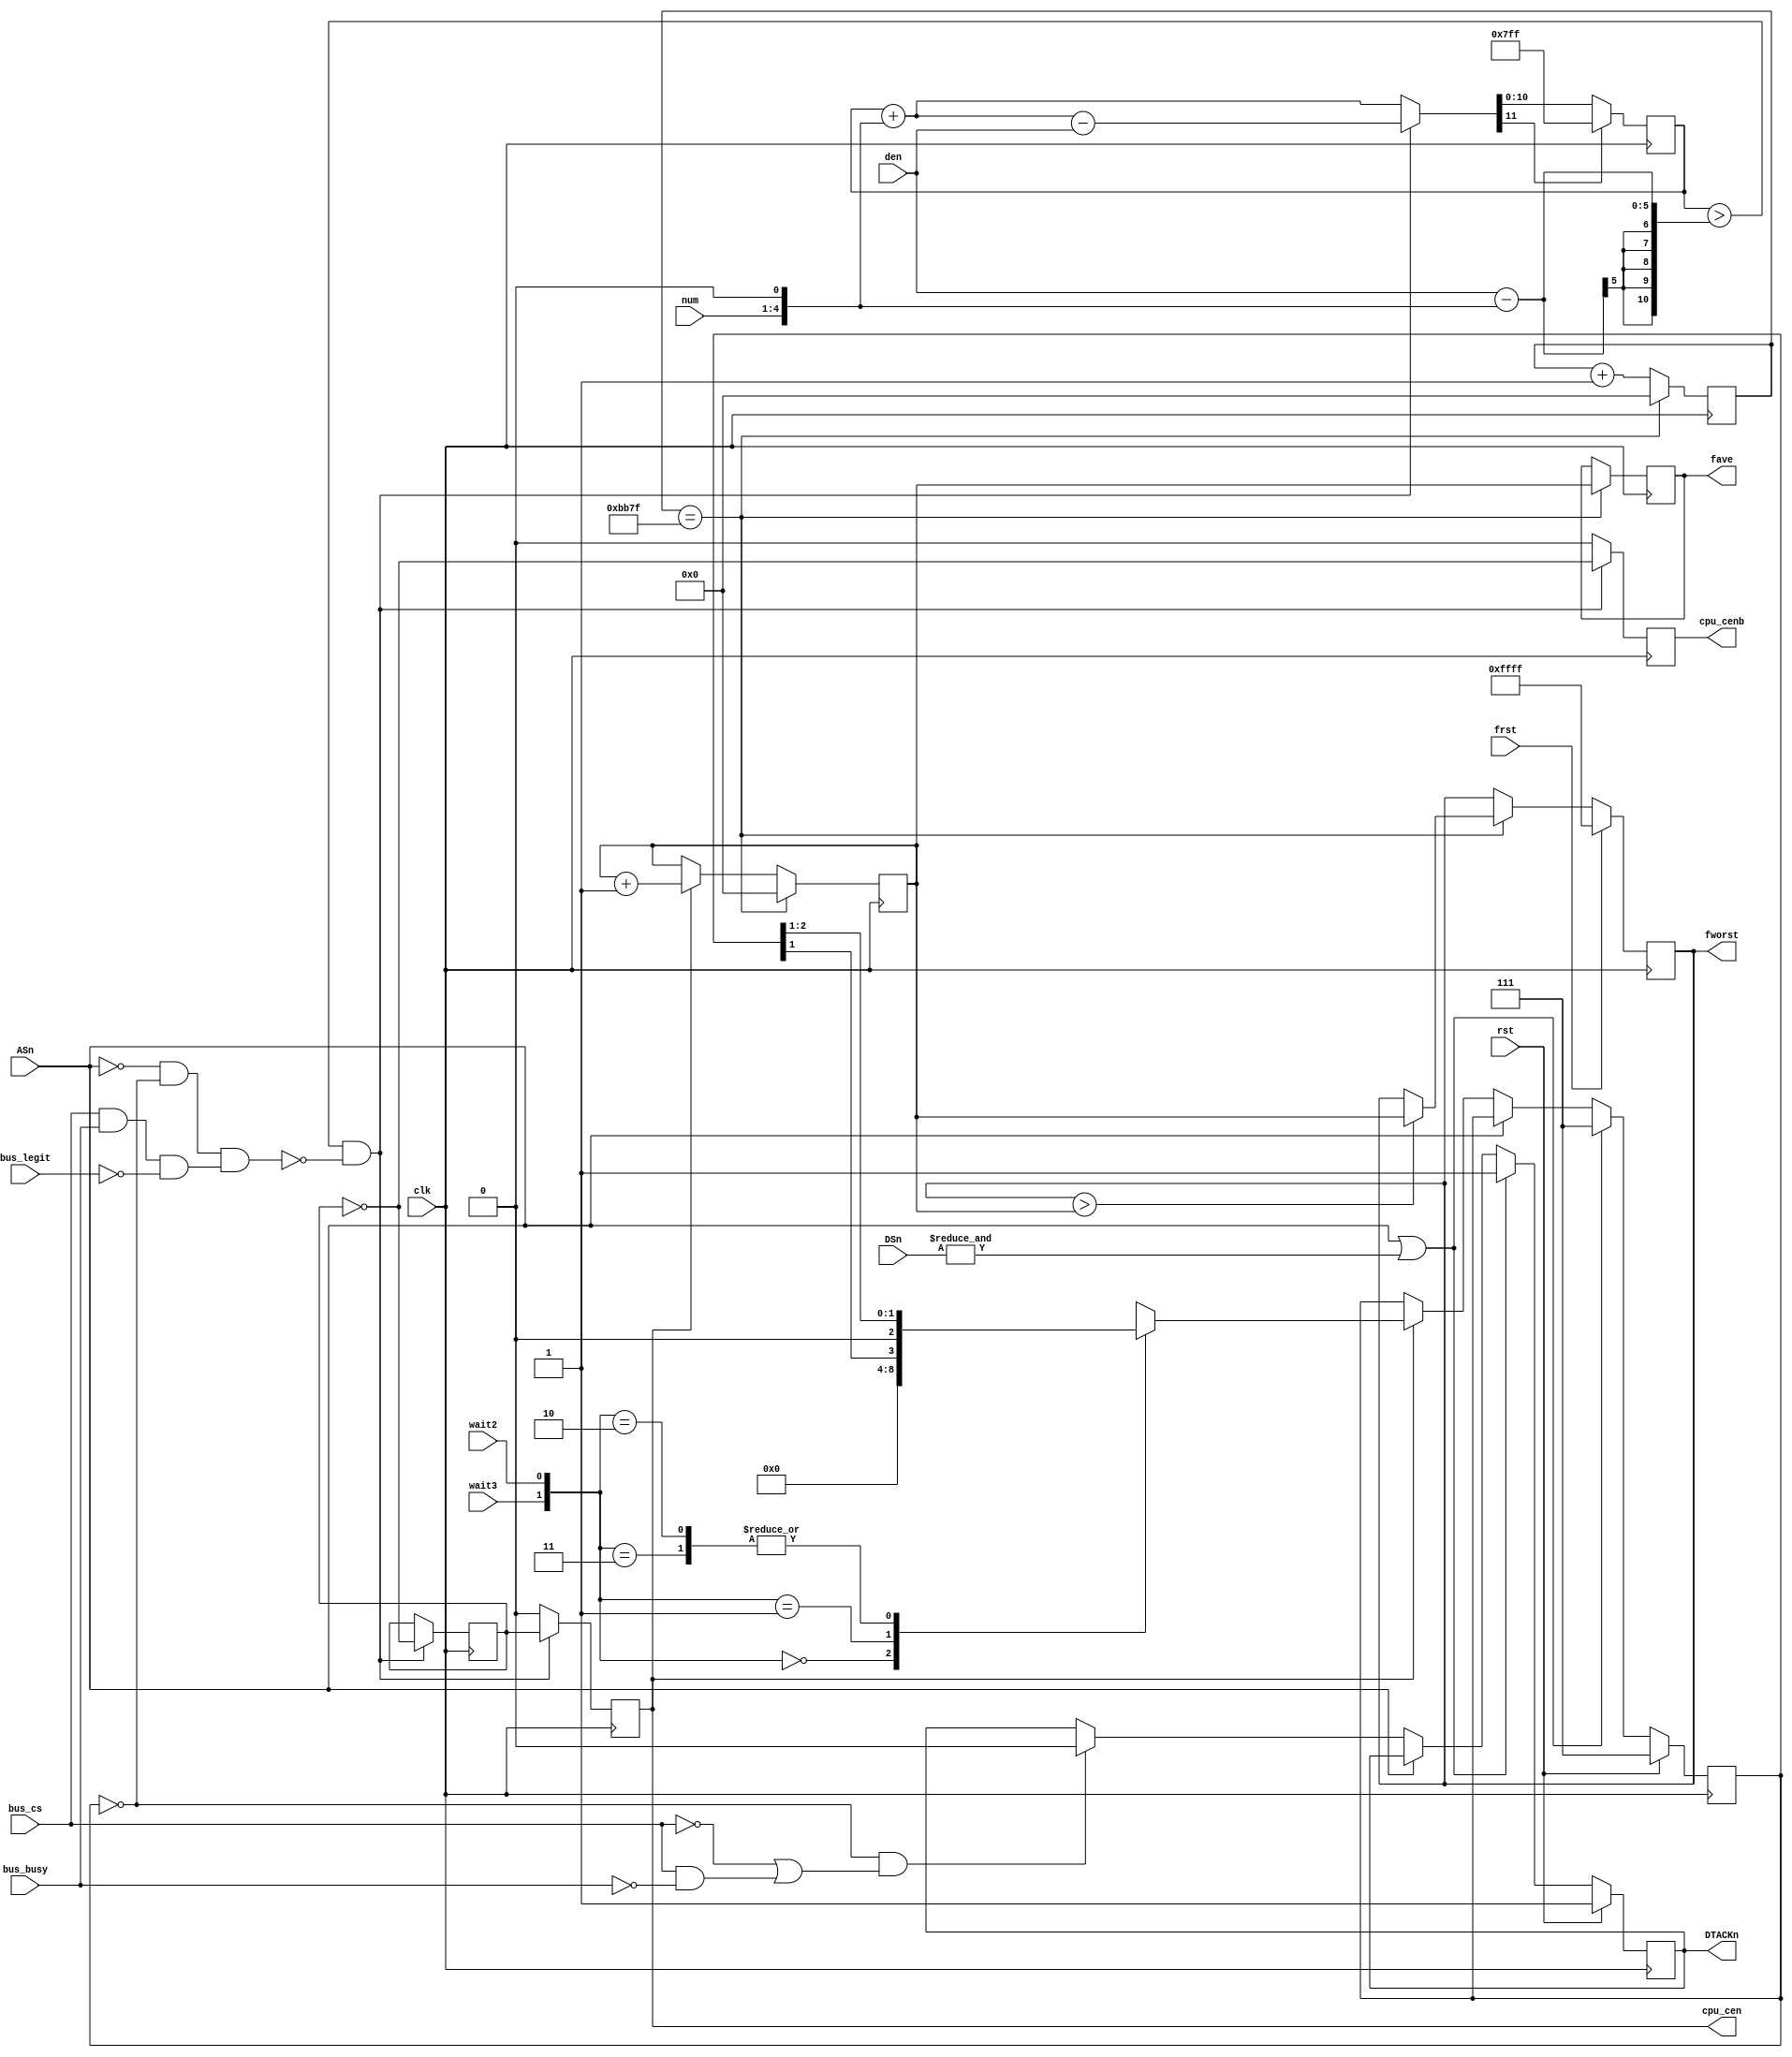
/*  This file is part of JTFRAME.
    JTFRAME program is free software: you can redistribute it and/or modify
    it under the terms of the GNU General Public License as published by
    the Free Software Foundation, either version 3 of the License, or
    (at your option) any later version.

    JTFRAME program is distributed in the hope that it will be useful,
    but WITHOUT ANY WARRANTY; without even the implied warranty of
    MERCHANTABILITY or FITNESS FOR A PARTICULAR PURPOSE.  See the
    GNU General Public License for more details.

    You should have received a copy of the GNU General Public License
    along with JTFRAME.  If not, see <http://www.gnu.org/licenses/>.

    Author: Jose Tejada Gomez. Twitter: @topapate
    Version: 1.0
    Date: 20-5-2021 */

/*

    Generates the standard /DTACK signal expected by the CPU,
    i.e. there is an idle cycle for each bus cycle

    If there is a special bus access, marked by bus_cs, and
    it takes longer to complete than one cycle, the extra time
    will be recovered for later. If bus_legit is high, the time
    will not be recovered as it is identified as legitim wait
    in the original system

    DSn -and not just ASn- must be used so read-modify-write
    instructions have a second /DTACK signal generated for
    the write cycle

    Note that if jtframe_ramrq is used, then DSn must also
    gate the SDRAM requests so you get a cs toggle in the
    middle of the read-modify-write cycles

    DSn goes low one cycle after ASn under some conditions, so
    if ASn | DSn is used to set DTACKn, it will take one more
    cycle than expected on those occasions. Both CPS and S16
    use only ASn to generate DTACKn.

    The M68K requires one wait cycle for all access. But it's
    common to have systems where 2 or 3 wait states are used too.
    The wait2 and wait3 inputs can be set high to use more wait
    states. Clock cycle recovery does not take effect during
    extra wait states requested by the system.

*/

module jtframe_68kdtack_wait
#(parameter W=5,
            RECOVERY=1,
            WD=6,
            MFREQ=48_000  // clk input frequency in kHz
)(
    input         rst,
    input         clk,
    output   reg  cpu_cen,
    output   reg  cpu_cenb,
    input         bus_cs,
    input         bus_busy,
    input         bus_legit,
    input         ASn,  // DTACKn set low at the next cpu_cen after ASn goes low
    input [1:0]   DSn,  // If DSn goes high, DTACKn is reset high
    input [W-2:0] num,  // numerator
    input [W-1:0] den,  // denominator
    input         wait2, // high for 2 wait states
    input         wait3, // high for 3 wait states

    output reg    DTACKn,
    output reg [15:0] fave, // average cpu_cen frequency in kHz
    output reg [15:0] fworst, // average cpu_cen frequency in kHz
    input             frst
);
/* verilator lint_off WIDTH */

localparam CW=W+WD;

reg [CW-1:0] cencnt=0;
reg  [2:0]   wait1;
wire         halt;
wire [W-1:0] num2 = { num, 1'b0 }; // num x 2
wire over = cencnt>den-num2;
reg  [CW:0] cencnt_nx;
reg  risefall=0;

assign halt = RECOVERY==1 && !ASn && wait1==0 && (bus_cs && bus_busy && !bus_legit);

always @(posedge clk) begin : dtack_gen
    if( rst ) begin
        DTACKn <= 1;
        wait1  <= 3'b111;
    end else begin
        if( ASn | &DSn ) begin // DSn is needed for read-modify-write cycles
               // performed on the SDRAM. Just checking the DSn rising edge
               // is not enough on Rastan
            DTACKn <= 1;
            wait1  <= 3'b111;
        end else if( !ASn ) begin
            if( cpu_cen ) begin
                case( {wait3,wait2} )
                    0: wait1 <= 0;
                    1: wait1 <= {2'b0, wait1[1] };
                    2,3: wait1 <= {1'b0, wait1[2:1] };
                endcase
            end
            if( wait1==0 && (!bus_cs || (bus_cs && !bus_busy)) ) begin
                DTACKn <= 0;
            end
        end
    end
end

always @* begin
    cencnt_nx = over && !halt ? {1'b0,cencnt}+num2-den : { 1'b0, cencnt} +num2;
end

always @(posedge clk) begin
    cencnt  <= cencnt_nx[CW] ? {CW{1'b1}} : cencnt_nx[CW-1:0];
    if( over && !halt) begin
        cpu_cen  <= risefall;
        cpu_cenb <= ~risefall;
        risefall <= ~risefall;
    end else begin
        cpu_cen  <= 0;
        cpu_cenb <= 0;
    end
    // aux <= cpu_cen; // forces a blank after cpu_cen,
    // so the shortest sequence is cpu_cen, blank, cpu_cenb
    // note that cpu_cen can follow cpu_cenb without a blank
end
/* verilator lint_on WIDTH */

// Frequency reporting
reg [15:0] freq_cnt=0, fout_cnt;
initial fworst = 16'hffff;

always @(posedge clk) begin
    freq_cnt <= freq_cnt + 1'd1;
    if(cpu_cen) fout_cnt<=fout_cnt+1'd1;
    if( freq_cnt == MFREQ-1 ) begin // updated every 1ms
        freq_cnt <= 0;
        fout_cnt <= 0;
        fave <= fout_cnt;
        if( fworst > fout_cnt ) fworst <= fout_cnt;
    end
    if( frst ) fworst <= 16'hffff;
end

endmodule